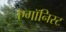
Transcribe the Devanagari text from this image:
एगॉनिस्ट